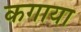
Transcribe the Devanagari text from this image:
कगाया